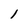
Character: I